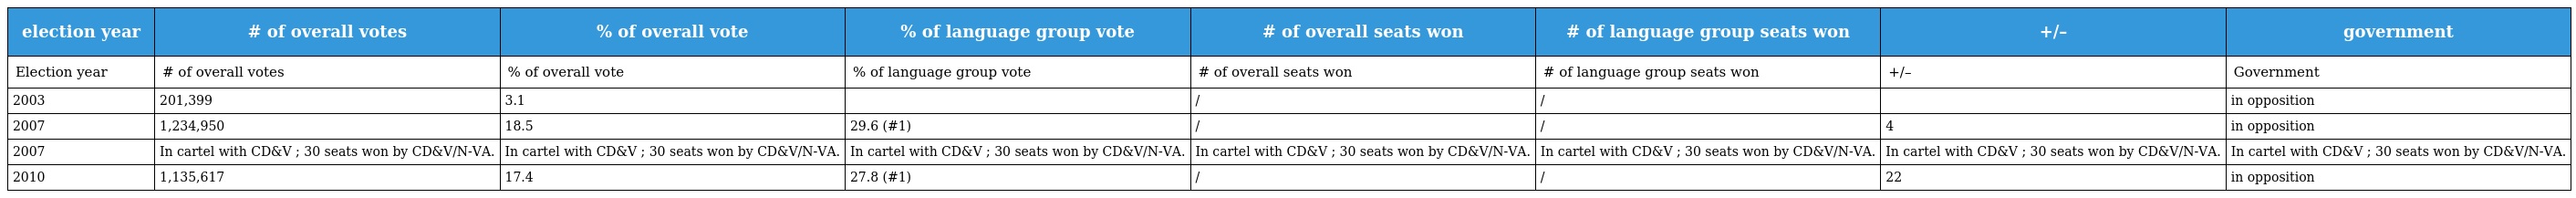
| election year | # of overall votes | % of overall vote | % of language group vote | # of overall seats won | # of language group seats won | +/– | government |
 | --- | --- | --- | --- | --- | --- | --- | --- |
 | Election year | # of overall votes | % of overall vote | % of language group vote | # of overall seats won | # of language group seats won | +/– | Government |
 | 2003 | 201,399 | 3.1 |  | / | / |  | in opposition |
 | 2007 | 1,234,950 | 18.5 | 29.6 (#1) | / | / | 4 | in opposition |
 | 2007 | In cartel with CD&V ; 30 seats won by CD&V/N-VA. | In cartel with CD&V ; 30 seats won by CD&V/N-VA. | In cartel with CD&V ; 30 seats won by CD&V/N-VA. | In cartel with CD&V ; 30 seats won by CD&V/N-VA. | In cartel with CD&V ; 30 seats won by CD&V/N-VA. | In cartel with CD&V ; 30 seats won by CD&V/N-VA. | In cartel with CD&V ; 30 seats won by CD&V/N-VA. |
 | 2010 | 1,135,617 | 17.4 | 27.8 (#1) | / | / | 22 | in opposition |